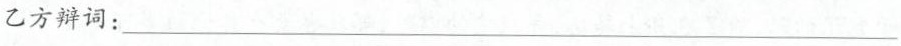
乙方辩词：___